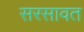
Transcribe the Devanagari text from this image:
सरसावत